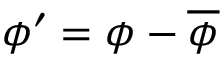
\phi ^ { \prime } = \phi - \overline { { \phi } }